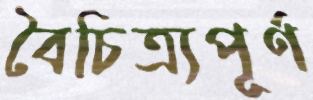
বৈচিত্র্যপূর্ণ